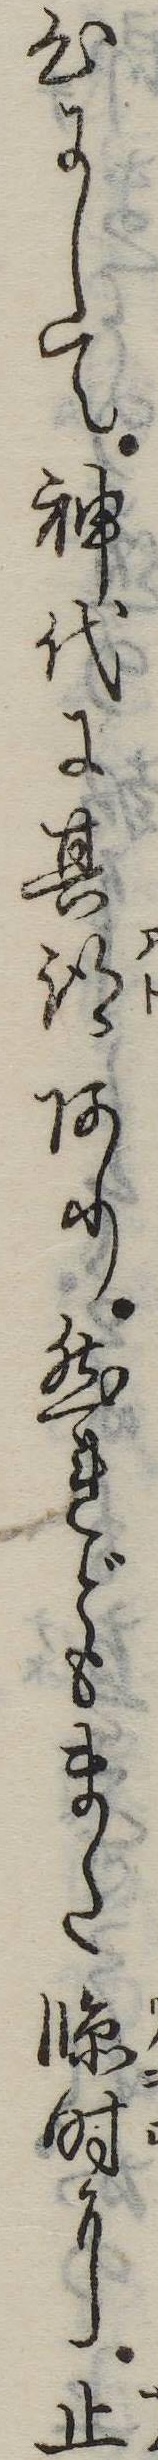
心にして神代に其跡あり然れどもまた臨時に止